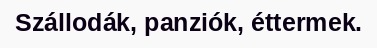
Szállodák, panziók, éttermek.